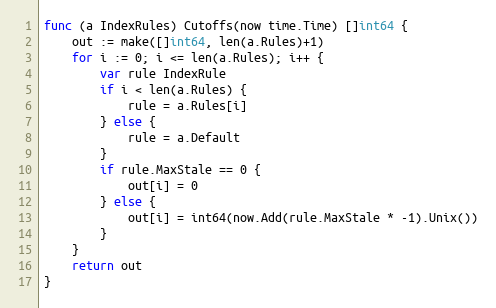
Language: Go
func (a IndexRules) Cutoffs(now time.Time) []int64 {
	out := make([]int64, len(a.Rules)+1)
	for i := 0; i <= len(a.Rules); i++ {
		var rule IndexRule
		if i < len(a.Rules) {
			rule = a.Rules[i]
		} else {
			rule = a.Default
		}
		if rule.MaxStale == 0 {
			out[i] = 0
		} else {
			out[i] = int64(now.Add(rule.MaxStale * -1).Unix())
		}
	}
	return out
}